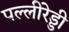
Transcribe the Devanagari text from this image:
पल्लीरेड्डी